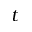
t